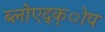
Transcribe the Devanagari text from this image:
ब्लोएद्क्ोप